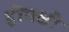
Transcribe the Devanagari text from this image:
द्वीपक्षी